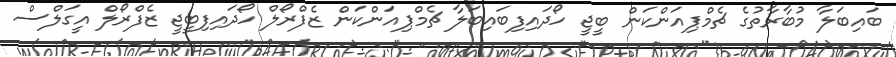
ބައިބަލާ މުބާރާތުގެ ޗެމްޕިއަންކަން ބީޖީ ހޯދައިފިބައިބަލާ ޗެމްޕިއަންކަން ޒެފްރޯލް ހޯދައިފިބީޖީ ޒެފްރޯލް އީގަލްސް